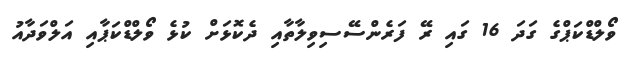
ވޯލްޑްކަޕްގެ ގަދަ 16 ގައި ރޭ ފަރެންސޭސިވިލާތާއި ދެކޮޅަށް ކުޅެ ވޯލްޑްކަޕާއި އަލްވަދާއު